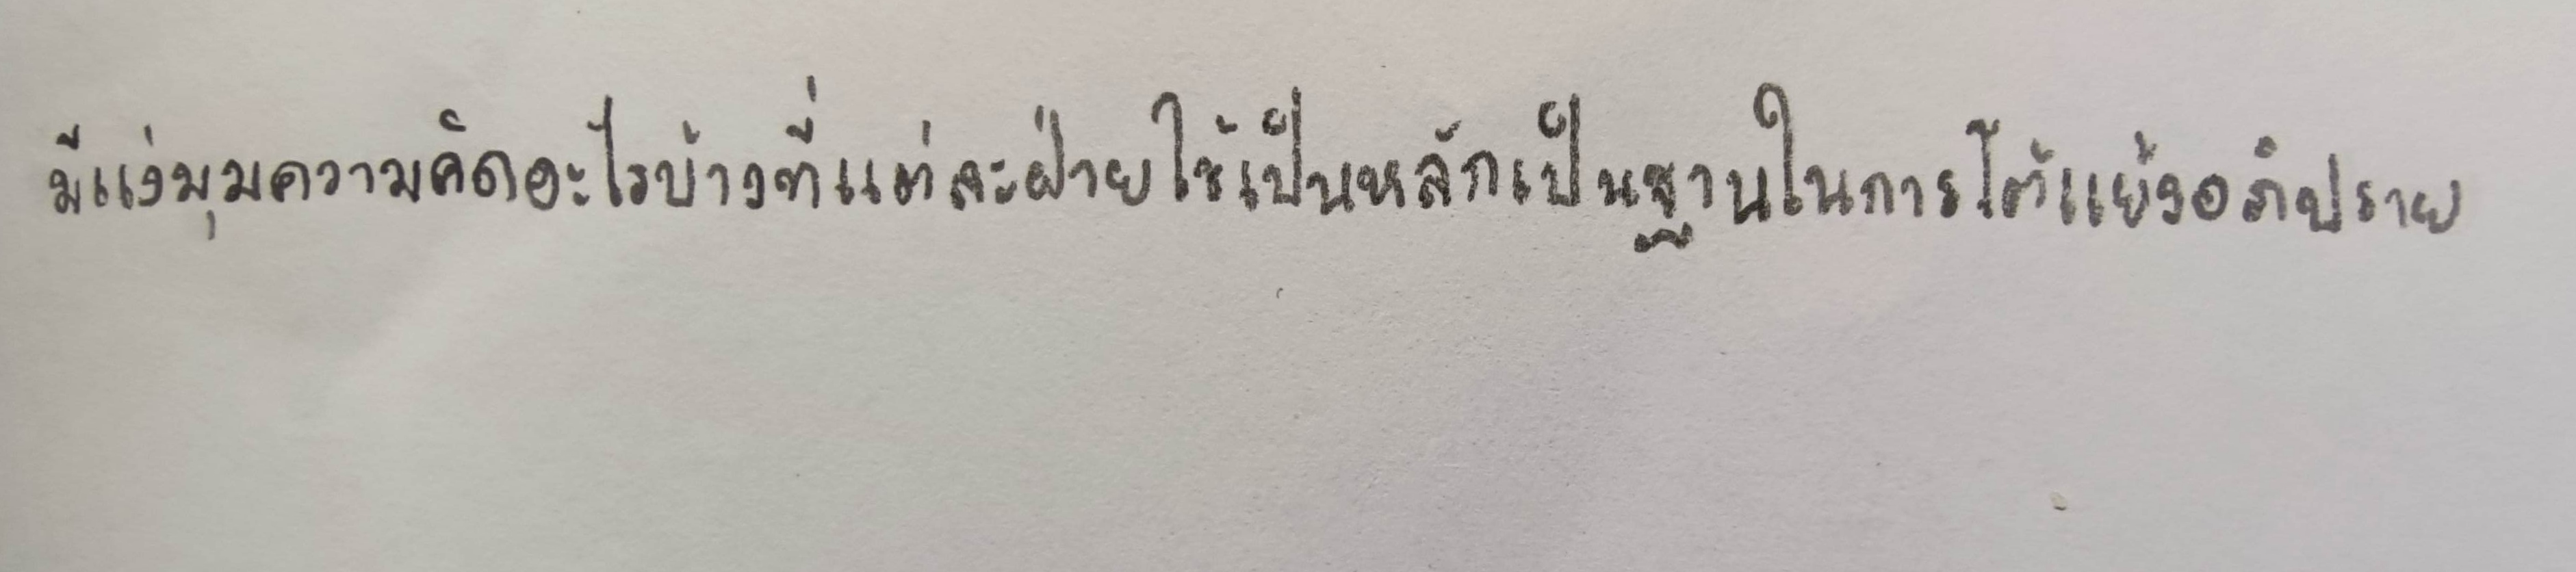
มีแง่มุมความคิดอะไรบ้างที่แต่ละฝ่ายใช้เป็นหลักเป็นฐานในการโต้แย้งอภิปราย